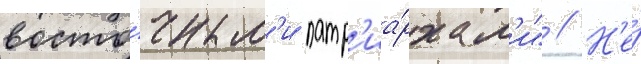
восто́чным'и патр'иа́рхам'и" // Н'е́